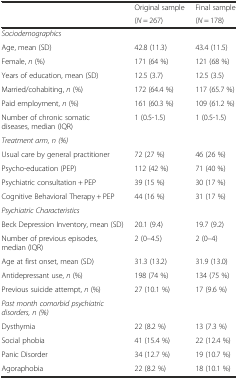
<table><thead><tr><td></td><td><b>Original sample</b></td><td><b>Final sample</b></td></tr><tr><td></td><td><b>(<i>N</i> = 267)</b></td><td><b>(<i>N</i> = 178)</b></td></tr></thead><tbody><tr><td><i>Sociodemographics</i></td><td></td><td></td></tr><tr><td>Age, mean (SD)</td><td>42.8 (11.3)</td><td>43.4 (11.5)</td></tr><tr><td>Female, <i>n</i> (%)</td><td>171 (64 %)</td><td>121 (68 %)</td></tr><tr><td>Years of education, mean (SD)</td><td>12.5 (3.7)</td><td>12.5 (3.5)</td></tr><tr><td>Married/cohabiting, <i>n</i> (%)</td><td>172 (64.4 %)</td><td>117 (65.7 %)</td></tr><tr><td>Paid employment, <i>n</i> (%)</td><td>161 (60.3 %)</td><td>109 (61.2 %)</td></tr><tr><td>Number of chronic somatic diseases, median (IQR)</td><td>1 (0.5-1.5)</td><td>1 (0.5-1.5)</td></tr><tr><td><i>Treatment arm, n (%)</i></td><td></td><td></td></tr><tr><td>Usual care by general practitioner</td><td>72 (27 %)</td><td>46 (26 %)</td></tr><tr><td>Psycho-education (PEP)</td><td>112 (42 %)</td><td>71 (40 %)</td></tr><tr><td>Psychiatric consultation + PEP</td><td>39 (15 %)</td><td>30 (17 %)</td></tr><tr><td>Cognitive Behavioral Therapy + PEP</td><td>44 (16 %)</td><td>31 (17 %)</td></tr><tr><td><i>Psychiatric Characteristics</i></td><td></td><td></td></tr><tr><td>Beck Depression Inventory, mean (SD)</td><td>20.1 (9.4)</td><td>19.7 (9.2)</td></tr><tr><td>Number of previous episodes, median (IQR)</td><td>2 (0–4.5)</td><td>2 (0–4)</td></tr><tr><td>Age at first onset, mean (SD)</td><td>31.3 (13.2)</td><td>31.9 (13.0)</td></tr><tr><td>Antidepressant use, <i>n</i> (%)</td><td>198 (74 %)</td><td>134 (75 %)</td></tr><tr><td>Previous suicide attempt, <i>n</i> (%)</td><td>27 (10.1 %)</td><td>17 (9.6 %)</td></tr><tr><td><i>Past month comorbid psychiatric disorders, n (%)</i></td><td></td><td></td></tr><tr><td>Dysthymia</td><td>22 (8.2 %)</td><td>13 (7.3 %)</td></tr><tr><td>Social phobia</td><td>41 (15.4 %)</td><td>22 (12.4 %)</td></tr><tr><td>Panic Disorder</td><td>34 (12.7 %)</td><td>19 (10.7 %)</td></tr><tr><td>Agoraphobia</td><td>22 (8.2 %)</td><td>18 (10.1 %)</td></tr></tbody></table>